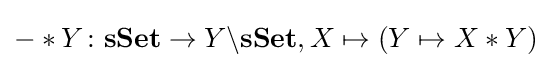
-*Y\colon \mathbf {sSet} \rightarrow Y\backslash \mathbf {sSet} ,X\mapsto (Y\mapsto X*Y)